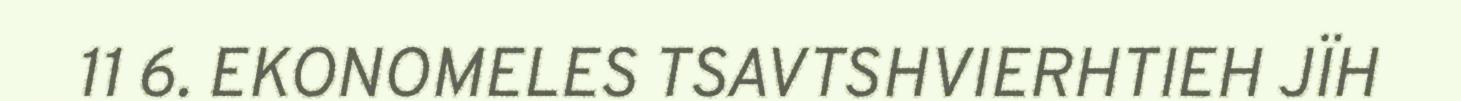
11 6. EKONOMELES TSAVTSHVIERHTIEH JÏH